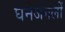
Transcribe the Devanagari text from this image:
घनेजंगलों